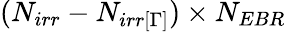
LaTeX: (N_{irr}-N_{irr[\Gamma]})\times N_{EBR}